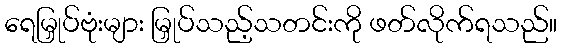
ရေမြှုပ်ဗုံးများ မြှုပ်သည့်သတင်းကို ဖတ်လိုက်ရသည်။